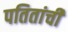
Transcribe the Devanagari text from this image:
पतितांची